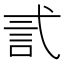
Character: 𰐐